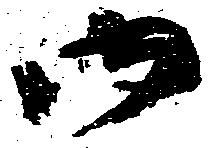
御